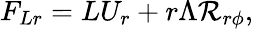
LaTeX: F_{Lr}=LU_{r}+r\Lambda{\cal{R}}_{r\phi},